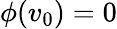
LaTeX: \phi(v_{0})=0